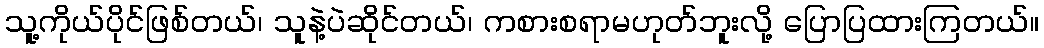
သူ့ကိုယ်ပိုင်ဖြစ်တယ်၊ သူနဲ့ပဲဆိုင်တယ်၊ ကစားစရာမဟုတ်ဘူးလို့ ပြောပြထားကြတယ်။